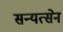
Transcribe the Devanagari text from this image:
सन्यत्सेन